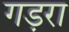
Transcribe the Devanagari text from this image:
गड़रा